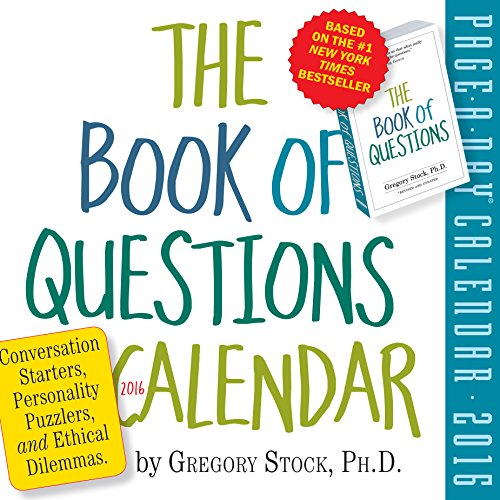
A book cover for The Book of Questions Page-A-Day Calendar 2016; Gregory Stock Ph.D.; Calendars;